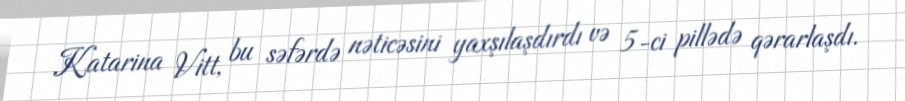
Katarina Vitt, bu səfərdə nəticəsini yaxşılaşdırdı və 5-ci pillədə qərarlaşdı.